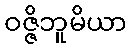
ဝဇ္ဇိဘူမိယာ